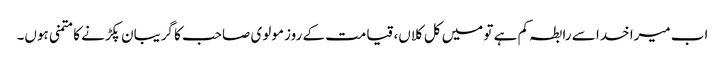
اب میرا خدا سے رابطہ کم ہے تو میں کل کلاں، قیامت کے روز مولوی صاحب کا گریبان پکڑنے کا متمنی ہوں۔